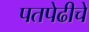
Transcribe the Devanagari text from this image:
पतपेढीचे